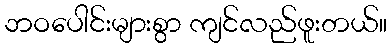
ဘဝပေါင်းများစွာ ကျင်လည်ဖူးတယ်။